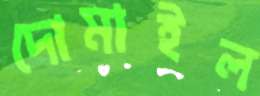
দোমাইল